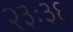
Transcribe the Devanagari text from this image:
२३ः३६